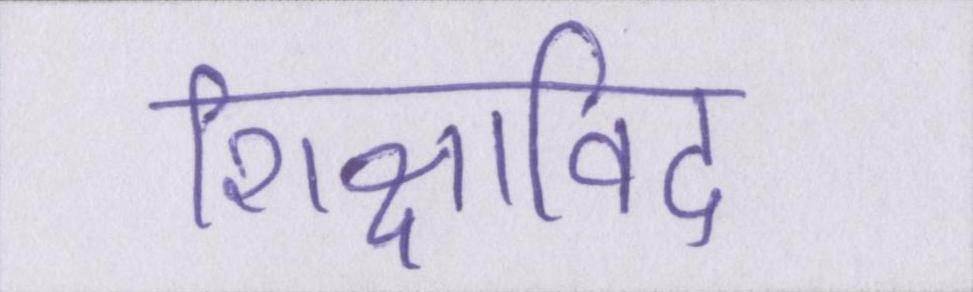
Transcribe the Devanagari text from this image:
शिक्षाविद